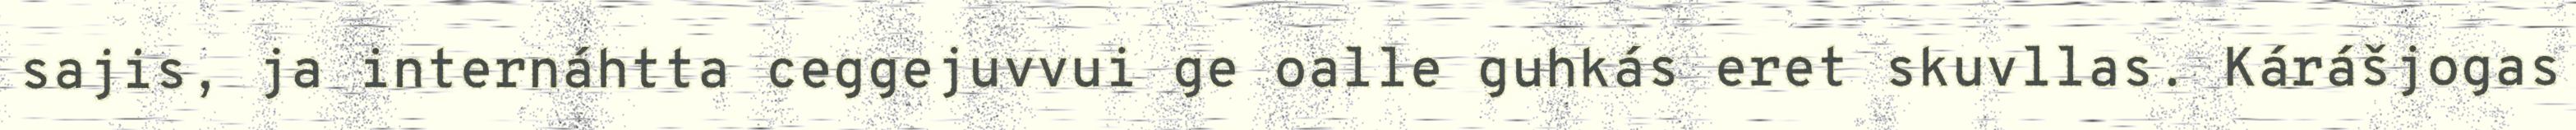
sajis, ja internáhtta ceggejuvvui ge oalle guhkás eret skuvllas. Kárášjogas